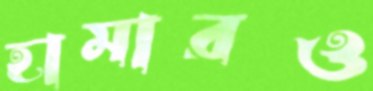
হামারও